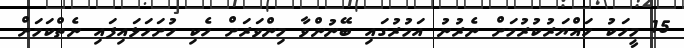
15 މީހަކު ހައްޔަރުކުރުމަށް ނެރުނު އަމުރުގައި ބޭނުންވާ މިންވަރަށް ހެކި ހުށަހަޅައިފައި ނެތްކަމަށް